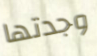
وجدتها